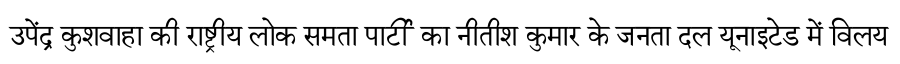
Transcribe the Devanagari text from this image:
उपेंद्र कुशवाहा की राष्ट्रीय लोक समता पार्टी का नीतीश कुमार के जनता दल यूनाइटेड में विलय